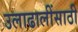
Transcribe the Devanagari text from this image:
उलाढालींसाठी